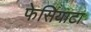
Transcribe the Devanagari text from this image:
फेसियाटा